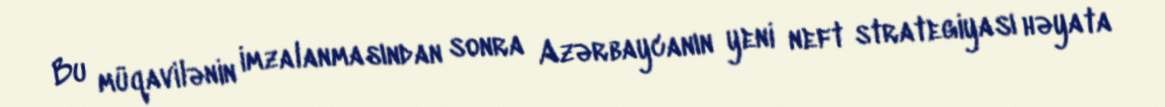
Bu müqavilənin imzalanmasından sonra Azərbaycanın yeni neft strategiyası həyata